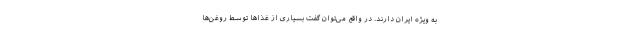
به ویژه ایران دارند. در واقع می‌توان گفت بسیاری از غذاها توسط روغن‌ها